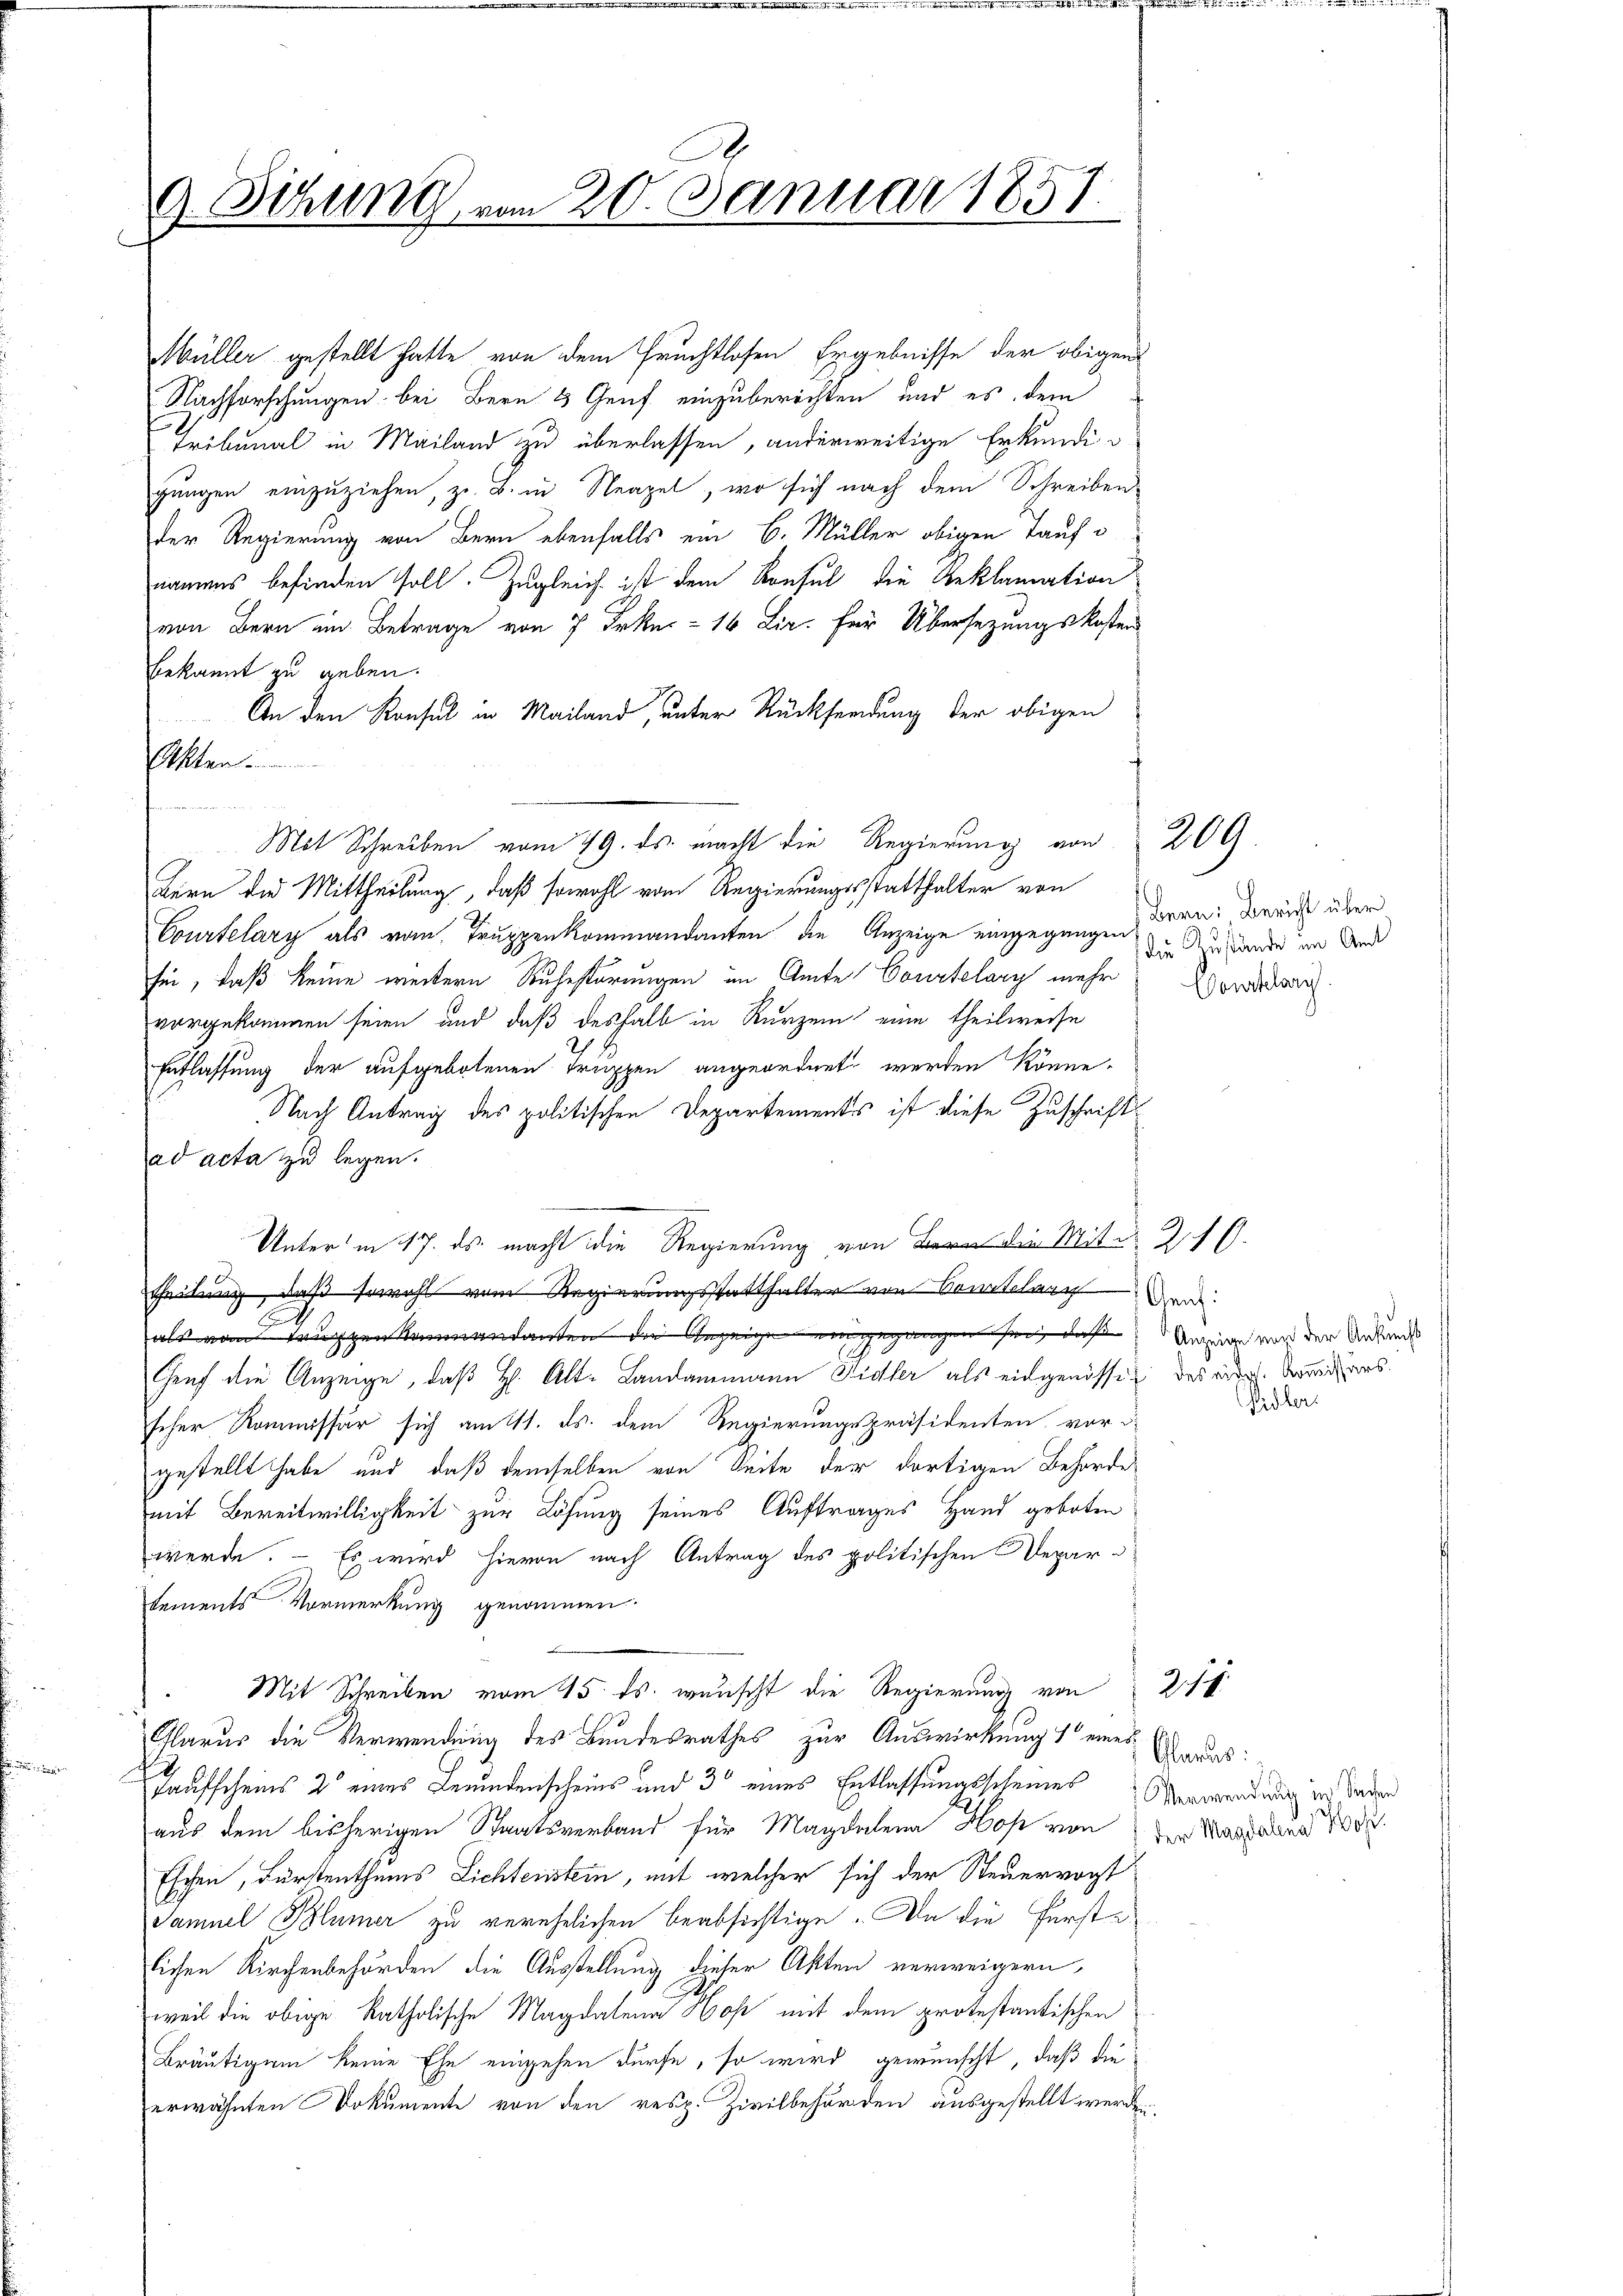
9. Sitzung vom 20. Januar 1851.

Müller gestellt hatte von dem Früchtlosen Ergebnisse der obigens
Nachforschungen bei Bern & Genf einzuberichten und es dem
Tribunal in Mailand zu überlassen, anderweitige Erkundigungen einzuziehen, z. B. in Neapel, wo sich nach dem Schreiben
der Regierung von Bern ebenfalls ein 6. Müller obigen Taufnamens befinden soll. Zugleich ist dem Konsul die Geklamation
von Bern ein Betrage von 7 Frkn. - 16 Lir. für Übersezungskosten
bekannt zu geben.
An den Konsul in Mailand, unter Rücksendung der obigen
kten
Mit Schreiben vom 19. ds. macht die Regierung von 209.
Bern die Mittheilung, daß sowohl vom Regierungsstatthalter von
Courtelary als vom Truppenkommandanten die Anzeige eingegungen Bern. Bericht über
sin, daß keine weitern Ruhestörungen im Amte Courtelary mehr
vorgekommen seien und daß deshalb in Kurzem eine theilweise
Entlassung der aufgebotenen Truppen angeordnet werden könne.
Nach Antrag des politischen Departements ist diese Zuschrift
ad acta zu legen.
Unter in 17. ds. macht die Regierung von die Mit 21.
theilung, daß sowohl vom Regierungsstatthalter von Sonstel
Gent:
E
als vom Truppen Kommandanten die Anzeige eingegangen sei, daß Anzeige wird der Anstandes
n
Genf die Anzeige, daß H. Alt-Landammann Sidler als eingenössig des mir. Wundars
scher Kommissär sich am 11. ds. dem Regierungspräsidenten, vor-
gestellt habe und daß demselben von Seite der dortigen Behörde
mit Bereitwilligkeit zur Lösung seines Auftrages Hand geboten
werde. — Es wird hievon nach Antrag des politischen Departements Vormerkung genommen.
Mit Schreiben vom 15. ds. wünscht die Regierung von 211.
Glarus die Verwendung des Bundesrathes zur Auswirkung 1 eines
Taufscheins 2 eines Leidenscheins und 3 eines Entlassungsscheines Verwendung in sonder
aus dem bisherigen Staatsverband für Magdalena Hose von der Magdalena 100.
Eschen, Fürstenthums Lichtenstein, mit welcher sich der Steuervogt
Samuel Blümer zu verehelichen beabsichtige. Da die Fürste
lichen Kirchenbehörden die Ausstellung dieser Akten verweigern,
weil die obige katholische Magdalena Hop mit dem protestantischen
Bräutigem keine Ehe eingehen dürfe, so wird gewünscht, daß die
erwähnten Dokumente von den resp. Zivilbehörden ausgestellt werden.

die Zustände im Amt
Conklarg

Sidler

Glarus: